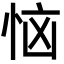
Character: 恼